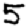
Digit: 5